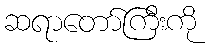
ဆရာတော်ကြီးကို